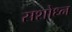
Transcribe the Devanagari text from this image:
सशोध्न